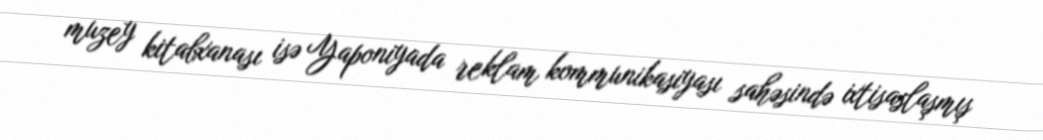
muzey kitabxanası isə Yaponiyada reklam kommunikasiyası sahəsində ixtisaslaşmış